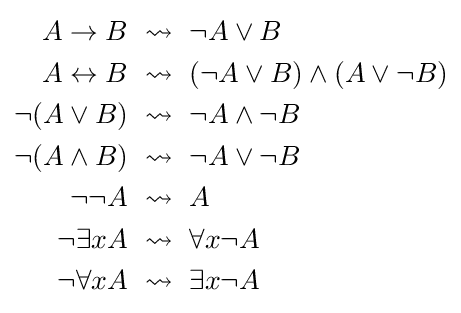
{\begin{aligned}A\to B&~\rightsquigarrow ~\lnot A\lor B\\A\leftrightarrow B&~\rightsquigarrow ~(\lnot A\lor B)\land (A\lor \lnot B)\\\lnot (A\lor B)&~\rightsquigarrow ~\lnot A\land \lnot B\\\lnot (A\land B)&~\rightsquigarrow ~\lnot A\lor \lnot B\\\lnot \lnot A&~\rightsquigarrow ~A\\\lnot \exists xA&~\rightsquigarrow ~\forall x\lnot A\\\lnot \forall xA&~\rightsquigarrow ~\exists x\lnot A\end{aligned}}